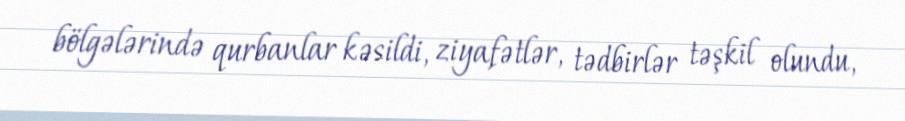
bölgələrində qurbanlar kəsildi, ziyafətlər, tədbirlər təşkil olundu,